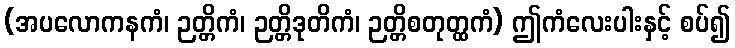
(အပလောကနကံ၊ ဉတ္တိကံ၊ ဉတ္တိဒုတိကံ၊ ဉတ္တိစတုတ္ထကံ) ဤကံလေးပါးနှင့် စပ်၍